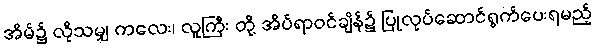
အိမ်၌ လိုသမျှ ကလေး၊ လူကြီး တို့ အိပ်ရာဝင်ချိန်၌ ပြုလုပ်ဆောင်ရွက်ပေးရမည့်